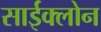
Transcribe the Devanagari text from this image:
साईक्लोन